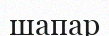
шапар